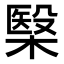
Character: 𣘦